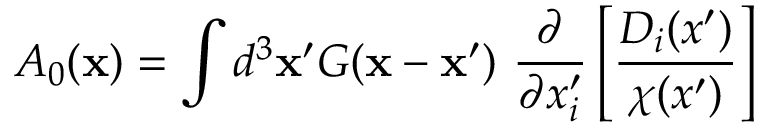
A _ { 0 } ( { \bf x } ) = \int d ^ { 3 } { \bf x } ^ { \prime } G ( { \bf x } - { \bf x } ^ { \prime } ) ~ \frac { \partial } { \partial x _ { i } ^ { \prime } } \left[ \frac { D _ { i } ( x ^ { \prime } ) } { \chi ( x ^ { \prime } ) } \right]